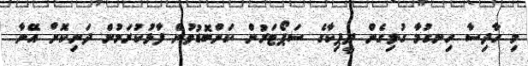
މި ހާދިސާ ހިނގުމާ ގުޅިގެން ދީޕިކާގެ ސަޕޯޓަރުން ކަންބޮޑުވުން ފާޅުކުރަމުން ދަނިކޮށް އޭނާ